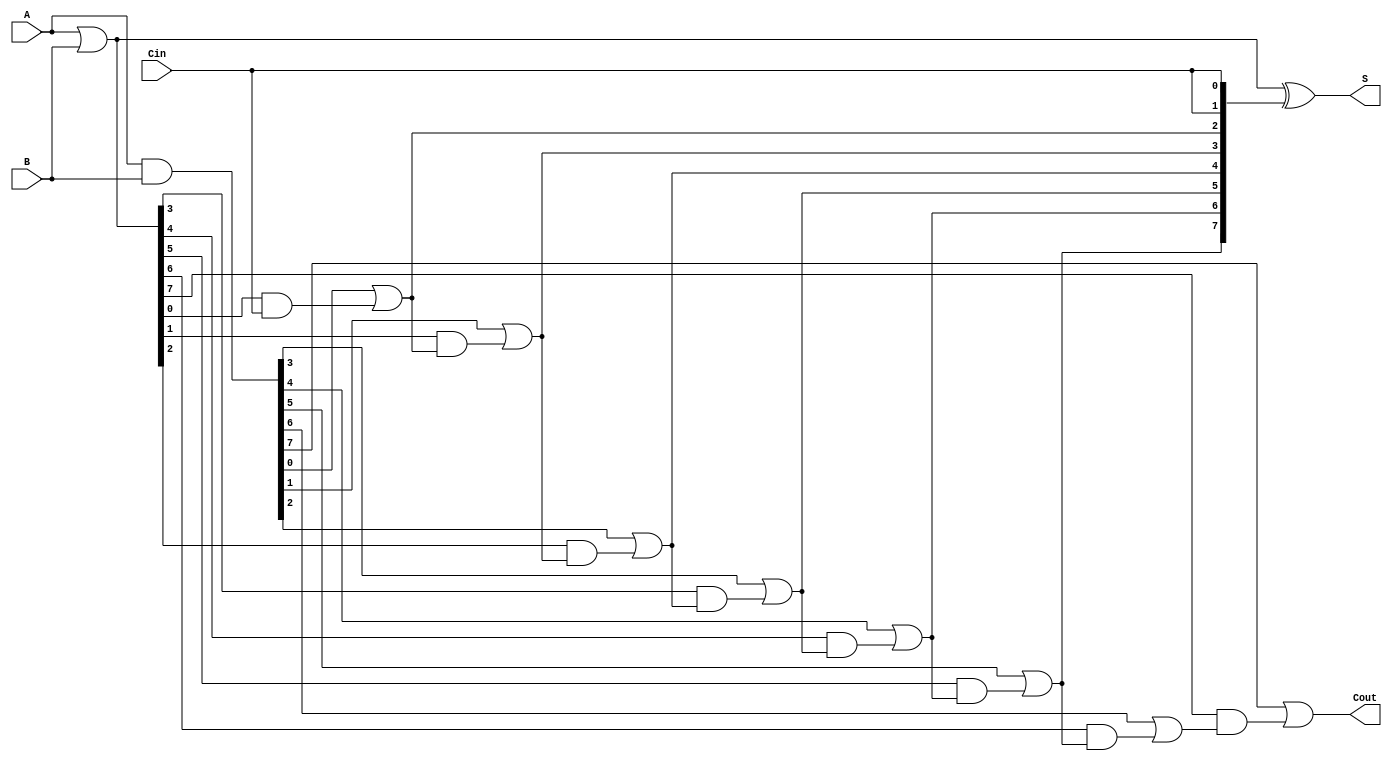
module brent_kung_adder #(parameter N = 8) (
    input  [N-1:0] A,      // First operand
    input  [N-1:0] B,      // Second operand
    input          Cin,     // Carry-in
    output [N-1:0] S,      // Sum output
    output         Cout     // Carry-out
);

    // Generate and Propagate signals
    wire [N-1:0] G; // Generate
    wire [N-1:0] P; // Propagate
    wire [N:0] C;    // Carry signals

    // Generate and Propagate calculations
    assign G = A & B;          // Generate
    assign P = A | B;          // Propagate

    // Carry generation using Brent-Kung logic
    assign C[0] = Cin; // Initial carry-in

    genvar i, j;
    generate
        // First level of carry generation
        for (i = 0; i < N; i = i + 1) begin
            assign C[i + 1] = G[i] | (P[i] & C[i]);
        end
    endgenerate

    // Sum calculation
    assign S = P ^ {C[N-1:0], Cin}; // Sum bits

    // Final carry-out
    assign Cout = C[N]; // Final carry-out

endmodule